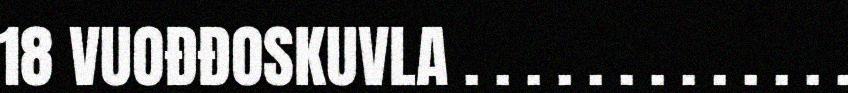
18 VUOĐĐOSKUVLA . . . . . . . . . . . . .